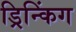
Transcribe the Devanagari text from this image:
ड्रिन्किंग